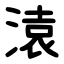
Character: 溒